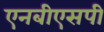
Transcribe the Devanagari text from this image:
एनबीएसपी